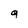
Character: 9